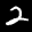
Label: 2